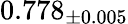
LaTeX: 0.778_{\pm 0.005}